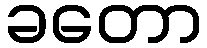
ခတော